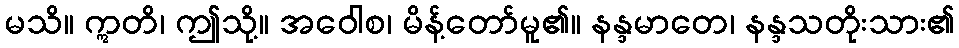
မသိ။ ဣတိ၊ ဤသို့။ အဝေါစ၊ မိန့်တော်မူ၏။ နန္ဒမာတေ၊ နန္ဒသတိုးသား၏